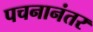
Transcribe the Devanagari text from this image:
पचनानंतर